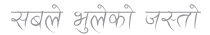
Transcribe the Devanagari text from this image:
सबैले भुलेको जस्तो